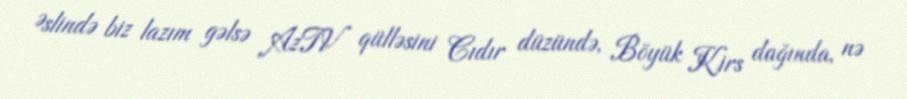
Əslində biz lazım gəlsə AzTV qülləsini Cıdır düzündə, Böyük Kirs dağında, nə